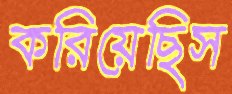
করিয়েছিস